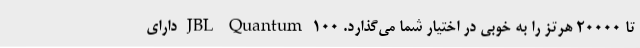
تا ۲۰۰۰۰ هرتز را به خوبی در اختیار شما می‌گذارد. JBL Quantum 100 دارای